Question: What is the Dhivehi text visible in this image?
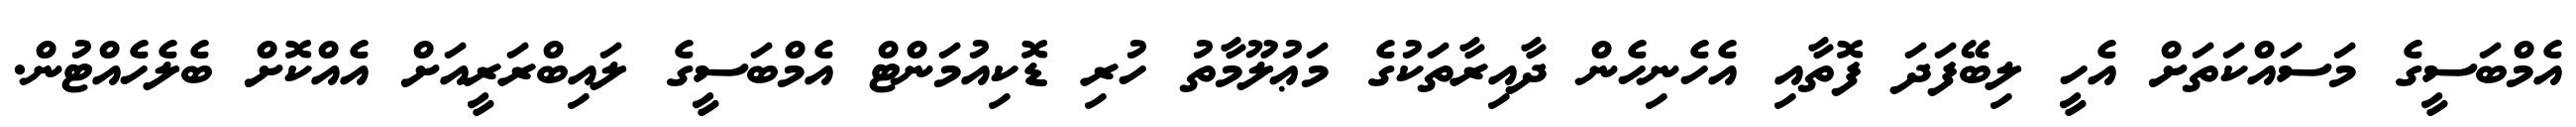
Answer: އެމްބަސީގެ މަސައްކަތަށް އެހީ ލިބޭފަދަ ފޮތާއި އެހެނިހެން ދާއިރާތަކުގެ މަޢުލޫމާތު ހުރި ޑޮކިއުމަންޓް އެމްބަސީގެ ލައިބްރަރީއަށް އެއްކޮށް ބެލެހެއްޓުން.